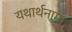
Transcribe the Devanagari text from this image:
यथार्थनामा